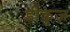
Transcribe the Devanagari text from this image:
डीक्रुज़